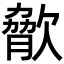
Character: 𣣲